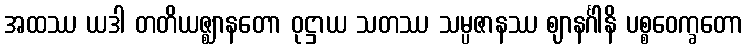
အထဿ ယဒါ တတိယဇ္ဈာနတော ဝုဋ္ဌာယ သတဿ သမ္ပဇာနဿ ဈာနင်္ဂါနိ ပစ္စဝေက္ခတော